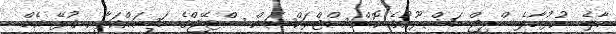
މާލެ  ހުޅުމާލެ ބްރިޖް މަޝްރޫޢުގެ ކޮންސްޓްރަކްޝަން ސްޓޭޖްގެ މަސައްކަތާއި ގުޅޭ އެމް.